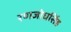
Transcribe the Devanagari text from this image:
रणजोधसिंह